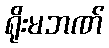
ရိုးမဘဏ်